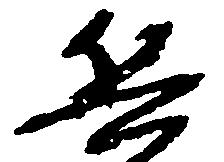
兵